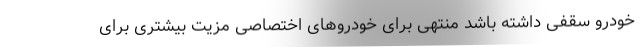
خودرو سقفی داشته باشد منتهی برای خودروهای اختصاصی مزیت بیشتری برای